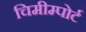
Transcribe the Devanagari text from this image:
चिमीम्पोर्ट